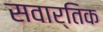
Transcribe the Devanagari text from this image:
सवार्तिक